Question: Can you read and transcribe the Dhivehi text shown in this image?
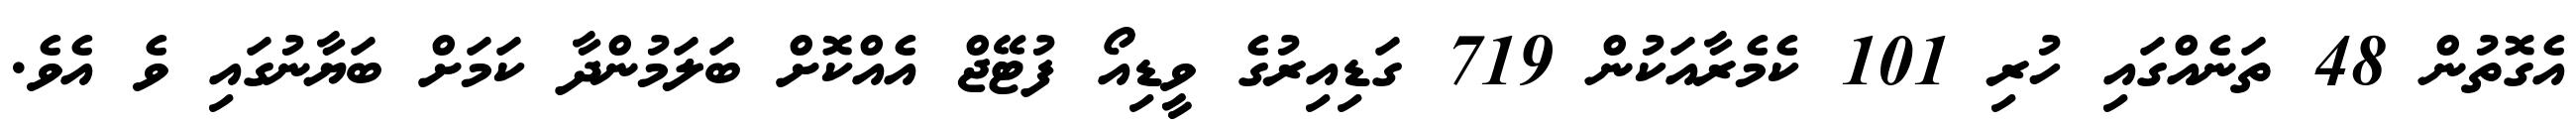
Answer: އެގޮތުން 48 ތަނެއްގައި ހުރި 101 ކެމެރާއަކުން 719 ގަޑިއިރުގެ ވީޑިއޯ ފުޓޭޖް އެއްކޮށް ބަލަމުންދާ ކަމަށް ބަޔާނުގައި ވެ އެވެ.